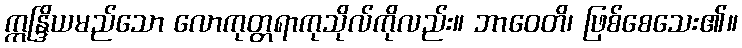
ဣန္ဒြိယမည်သော လောကုတ္တရာကုသိုလ်ကိုလည်း။ ဘာဝေတိ၊ ဖြစ်စေသေး၏။